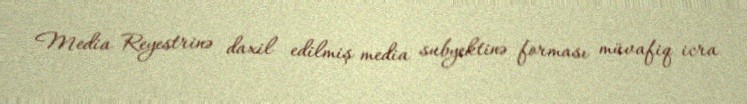
Media Reyestrinə daxil edilmiş media subyektinə forması müvafiq icra